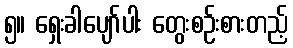
၅။ ရှေးခါပျော်ပါး တွေးစဉ်းစားတည့်